Sanitation, dispensaries and jails vaccination Rajputana 1922-1927 - 1922-1927
Year: 1922
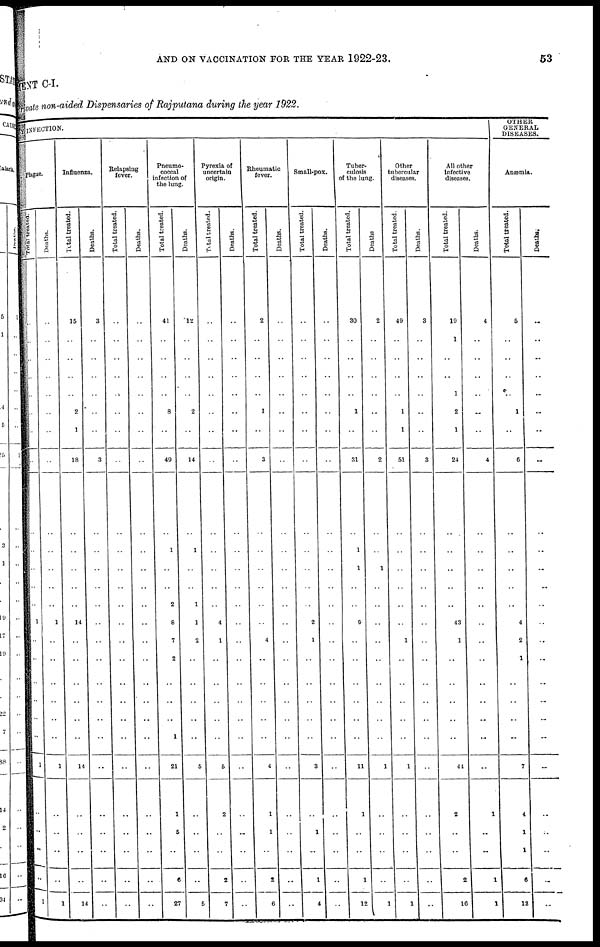
AND ON VACCINATION FOR THE YEAR 1922-23.
53
MENT C-I.
Private non-aided Dispensaries of Rajputana during the year 1922.
BY INFECTION.
plague.
Total treated.
..
..
..
..
..
..
..
..
..
..
..
..
..
1
..
..
..
..
..
..
1
..
..
..
..
1
Deaths.
..
..
..
..
..
..
..
..
..
..
..
..
..
1
..
..
..
..
..
..
1
..
..
..
..
1
Influenza.
Total treated.
15
..
..
..
..
2
1
18
..
..
..
..
..
14
..
..
..
..
..
..
14
..
..
..
..
14
Deaths.
3
..
..
..
..
..
..
3
..
..
..
..
..
..
..
..
..
..
..
..
..
..
..
..
..
..
Relapsing
fever.
Total treated.
..
..
..
..
..
..
..
..
..
..
..
..
..
..
..
..
..
..
..
..
..
..
..
..
..
..
Deaths.
..
..
..
..
..
..
..
..
..
..
..
..
..
..
..
..
..
..
..
..
..
..
..
..
..
..
Pneumo¬
coccal
infection of
the lung.
Total treated.
41
..
..
..
..
8
..
49
..
1
..
..
2
8
7
2
..
..
..
1
21
1
5
..
6
27
Deaths.
12
..
..
..
..
2
..
14
..
1
..
..
1
1
2
..
..
..
..
..
5
..
..
..
..
5
Pyrexia of
uncertain
origin.
Total treated.
..
..
..
..
..
..
..
..
..
..
..
..
..
4
1
..
..
..
..
..
5
2
..
..
2
7
Deaths.
..
..
..
..
..
..
..
..
..
..
..
..
..
..
..
..
..
..
..
..
..
..
..
..
..
..
Rheumatic
fever.
Total treated.
2
..
..
..
..
1
..
3
..
..
..
..
..
..
4
..
..
..
..
..
4
1
1
..
2
6
Deaths.
..
..
..
..
..
..
..
..
..
..
..
..
..
..
..
..
..
..
..
..
..
..
..
..
..
..
Small-pox.
Total treated.
..
..
..
..
..
..
..
..
..
..
..
..
..
2
1
..
..
..
..
..
3
..
1
..
1
4
Deaths.
..
..
..
..
..
..
..
..
..
..
..
..
..
..
..
..
..
..
..
..
..
..
..
..
..
..
Tuber-
culosis
of the lung.
Total treated.
30
..
..
..
..
1
..
31
..
1
1
..
..
9
..
..
..
..
..
..
11
1
..
..
1
12
Deaths
2
..
..
..
..
..
..
2
..
..
1
..
..
..
..
..
..
..
..
..
1
..
..
..
..
1
Other
tubercular
diseases.
Total treated.
49
..
..
..
..
1
1
51
..
..
..
..
..
..
1
..
..
..
..
..
1
..
..
..
..
1
Deaths.
3
..
..
..
..
..
..
3
..
..
..
..
..
..
..
..
..
..
..
..
..
..
..
..
..
..
All other
infective
diseases.
Total treated.
19
1
..
..
1
2
1
24
..
..
..
..
..
43
1
..
..
..
..
..
44
2
..
..
2
16
Deaths.
4
..
..
..
..
..
..
4
..
..
..
..
..
..
..
..
..
..
..
..
..
1
..
..
1
1
OTHER
GENERAL
DISEASES.
Anæmia.
Total treated.
5
..
..
..
..
1
..
6
..
..
..
..
..
4
2
1
..
..
..
..
7
4
1
1
6
13
Deaths.
..
..
..
..
..
..
..
..
..
..
..
..
..
..
..
..
..
..
..
..
..
..
..
..
..
..